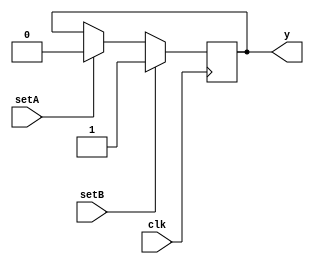
module memtest00(clk, setA, setB, y);
input clk, setA, setB;
output y;
reg mem [1:0];
always @(posedge clk) begin
	if (setA) mem[0] <= 0;  
	if (setB) mem[0] <= 1;  
end
assign y = mem[0];
endmodule